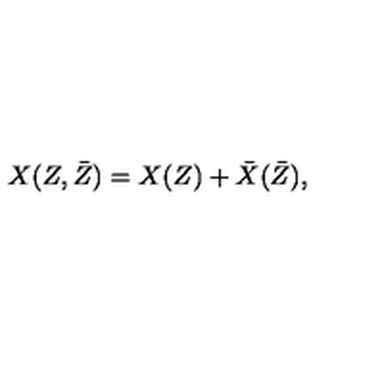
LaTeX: X ( Z , \bar { Z } ) = X ( Z ) + \bar { X } ( \bar { Z } ) ,